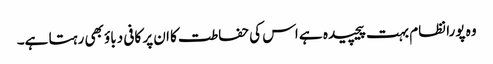
وہ پورا نظام بہت پیچیدہ ہے اس کی حفاطت کا ان پر کافی دباؤ بھی رہتا ہے۔